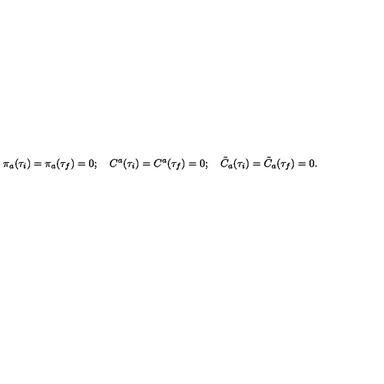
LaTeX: \pi _ { a } ( \tau _ { i } ) = \pi _ { a } ( \tau _ { f } ) = 0 ; \quad C ^ { a } ( \tau _ { i } ) = C ^ { a } ( \tau _ { f } ) = 0 ; \quad \tilde { C } _ { a } ( \tau _ { i } ) = \tilde { C } _ { a } ( \tau _ { f } ) = 0 .